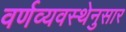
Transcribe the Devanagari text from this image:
वर्णव्यवस्थेनुसार